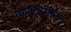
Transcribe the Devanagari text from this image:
महापद्ममानंद